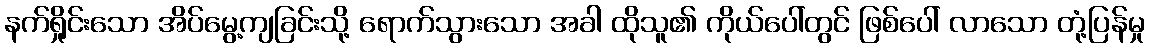
နက်ရှိုင်းသော အိပ်မွေ့ကျခြင်းသို့ ရောက်သွားသော အခါ ထိုသူ၏ ကိုယ်ပေါ်တွင် ဖြစ်ပေါ် လာသော တုံ့ပြန်မှု